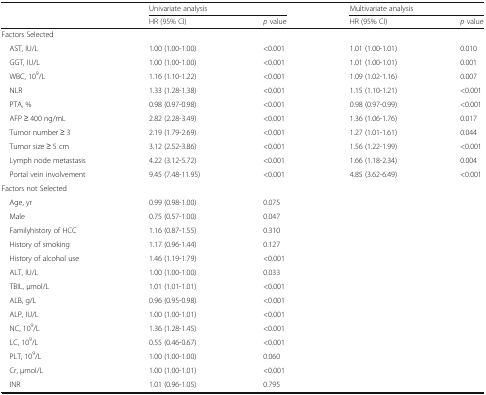
<table><thead><tr><td rowspan="2"></td><td colspan="2"><b>Univariate analysis</b></td><td colspan="2"><b>Multivariate analysis</b></td></tr><tr><td><b>HR (95% CI)</b></td><td><b><i>p</i> value</b></td><td><b>HR (95% CI)</b></td><td><b><i>p</i> value</b></td></tr></thead><tbody><tr><td colspan="5">Factors Selected</td></tr><tr><td> AST, IU/L</td><td>1.00 (1.00-1.00)</td><td>&lt;0.001</td><td>1.01 (1.00-1.01)</td><td>0.010</td></tr><tr><td> GGT, IU/L</td><td>1.00 (1.00-1.00)</td><td>&lt;0.001</td><td>1.01 (1.00-1.01)</td><td>0.001</td></tr><tr><td> WBC, 10<sup>9</sup>/L</td><td>1.16 (1.10-1.22)</td><td>&lt;0.001</td><td>1.09 (1.02-1.16)</td><td>0.007</td></tr><tr><td> NLR</td><td>1.33 (1.28-1.38)</td><td>&lt;0.001</td><td>1.15 (1.10-1.21)</td><td>&lt;0.001</td></tr><tr><td> PTA, %</td><td>0.98 (0.97-0.98)</td><td>&lt;0.001</td><td>0.98 (0.97-0.99)</td><td>&lt;0.001</td></tr><tr><td> AFP ≥ 400 ng/mL</td><td>2.82 (2.28-3.49)</td><td>&lt;0.001</td><td>1.36 (1.06-1.76)</td><td>0.017</td></tr><tr><td> Tumor number ≥ 3</td><td>2.19 (1.79-2.69)</td><td>&lt;0.001</td><td>1.27 (1.01-1.61)</td><td>0.044</td></tr><tr><td> Tumor size ≥ 5 cm</td><td>3.12 (2.52-3.86)</td><td>&lt;0.001</td><td>1.56 (1.22-1.99)</td><td>&lt;0.001</td></tr><tr><td> Lymph node metastasis</td><td>4.22 (3.12-5.72)</td><td>&lt;0.001</td><td>1.66 (1.18-2.34)</td><td>0.004</td></tr><tr><td> Portal vein involvement</td><td>9.45 (7.48-11.95)</td><td>&lt;0.001</td><td>4.85 (3.62-6.49)</td><td>&lt;0.001</td></tr><tr><td colspan="5">Factors not Selected</td></tr><tr><td> Age, yr</td><td>0.99 (0.98-1.00)</td><td>0.075</td><td></td><td></td></tr><tr><td> Male</td><td>0.75 (0.57-1.00)</td><td>0.047</td><td></td><td></td></tr><tr><td> Familyhistory of HCC</td><td>1.16 (0.87-1.55)</td><td>0.310</td><td></td><td></td></tr><tr><td> History of smoking</td><td>1.17 (0.96-1.44)</td><td>0.127</td><td></td><td></td></tr><tr><td> History of alcohol use</td><td>1.46 (1.19-1.79)</td><td>&lt;0.001</td><td></td><td></td></tr><tr><td> ALT, IU/L</td><td>1.00 (1.00-1.00)</td><td>0.033</td><td></td><td></td></tr><tr><td> TBIL, μmol/L</td><td>1.01 (1.01-1.01)</td><td>&lt;0.001</td><td></td><td></td></tr><tr><td> ALB, g/L</td><td>0.96 (0.95-0.98)</td><td>&lt;0.001</td><td></td><td></td></tr><tr><td> ALP, IU/L</td><td>1.00 (1.00-1.01)</td><td>&lt;0.001</td><td></td><td></td></tr><tr><td> NC, 10<sup>9</sup>/L</td><td>1.36 (1.28-1.45)</td><td>&lt;0.001</td><td></td><td></td></tr><tr><td> LC, 10<sup>9</sup>/L</td><td>0.55 (0.46-0.67)</td><td>&lt;0.001</td><td></td><td></td></tr><tr><td> PLT, 10<sup>9</sup>/L</td><td>1.00 (1.00-1.00)</td><td>0.060</td><td></td><td></td></tr><tr><td> Cr, μmoI/L</td><td>1.00 (1.00-1.01)</td><td>&lt;0.001</td><td></td><td></td></tr><tr><td> INR</td><td>1.01 (0.96-1.05)</td><td>0.795</td><td></td><td></td></tr></tbody></table>